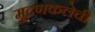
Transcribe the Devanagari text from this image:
मुद्रणकलेची